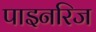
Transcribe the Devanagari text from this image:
पाइनरिज